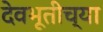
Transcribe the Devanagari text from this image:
देवभूतीच्या